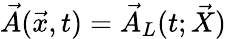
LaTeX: \vec{A}(\vec{x},t)=\vec{A}_{L}(t;\vec{X})